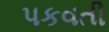
પકવતી